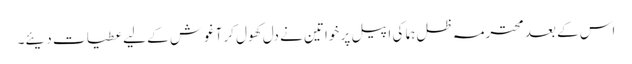
اس کے بعد محترمہ ظل ہما کی اپیل پر خواتین نے دل کھول کر آغوش کے لیے عطیات دیئے۔